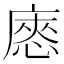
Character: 㥷